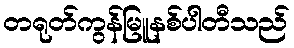
တရုတ်ကွန်မြူနစ်ပါတီသည်